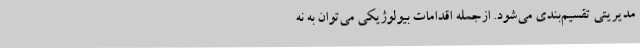
مدیریتی تقسیم‌بندی می‌شود. ازجمله اقدامات بیولوژیکی می‌توان به نه